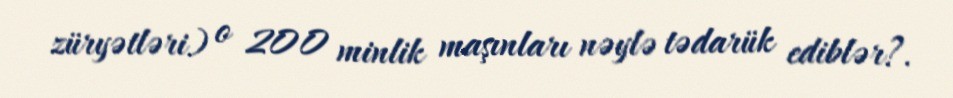
züryətləri) o 200 minlik maşınları nəylə tədarük ediblər?.